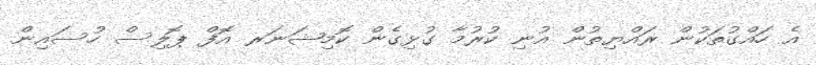
އެ ހައްގުތަކުން ރައްޔިތުން އުނި ކުރުމާ ގުޅިގެން ކޮމިޝަނަރ އޮފް ޕޮލިސް ހުސައިން